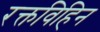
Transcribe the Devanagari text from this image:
रक्तविहिन